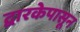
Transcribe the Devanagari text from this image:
द्वारकेपासून